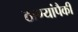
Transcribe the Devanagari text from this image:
ठाण्यांपैकी